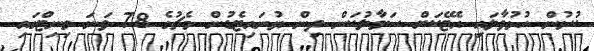
ކުޅުން ހުޅުވާލައި އެޓޭކަށް ސަމާލުކަން ދިން ޔުނައިޓެޑުން މެޗުގެ 78 ވަނަ މިނިޓްގައި